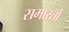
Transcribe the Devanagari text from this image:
समार्स्ता